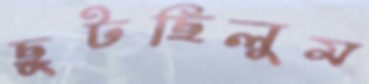
ছুটছিলুম